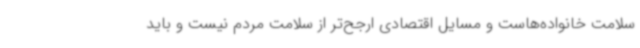
سلامت خانواده‌هاست و مسایل اقتصادی ارجح‌تر از سلامت مردم نیست و باید